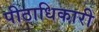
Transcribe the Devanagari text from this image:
पीठाधिकारी